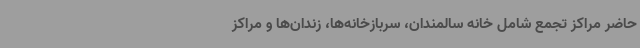
حاضر مراکز تجمع شامل خانه سالمندان، سربازخانه‌ها، زندان‌ها و مراکز